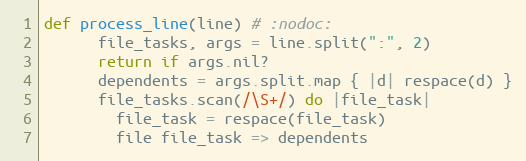
Language: Ruby
def process_line(line) # :nodoc:
      file_tasks, args = line.split(":", 2)
      return if args.nil?
      dependents = args.split.map { |d| respace(d) }
      file_tasks.scan(/\S+/) do |file_task|
        file_task = respace(file_task)
        file file_task => dependents